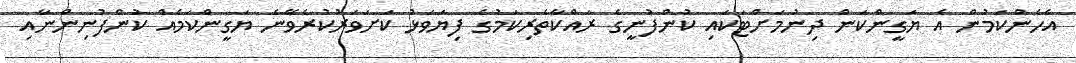
އެހެންކަމުން އެ ޔަގީންކަން ދިނުމަށްޓަކައި ކުންފުނީގެ ރައްކާތެރިކަމުގެ ފިޔަވަޅު ކަށަވަރުކުރެވޭނެ ޔަގީންކަމެއް ކުންފުނިންނާއި